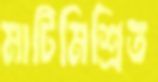
মাটিমিশ্রিত